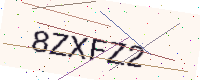
Text: 8ZXFZ2